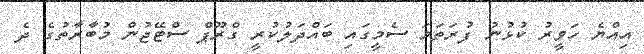
އިއްޔެ ހަވީރު ކުޅުނު ފުރަތަމަ ސެމީގައި ބައްދަލުކުރީ ގްރޫޕް ސްޓޭޖުން މުބާރާތުގެ ދެ